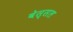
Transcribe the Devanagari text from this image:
वेस्सल